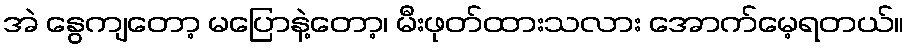
အဲ နွေကျတော့ မပြောနဲ့တော့၊ မီးဖုတ်ထားသလား အောက်မေ့ရတယ်။